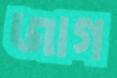
জাগ